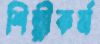
শিল্পীকর্ম